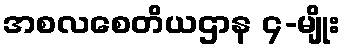
အစလစေတိယဌာန ၄-မျိုး